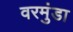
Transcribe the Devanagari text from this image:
वरमुंडा